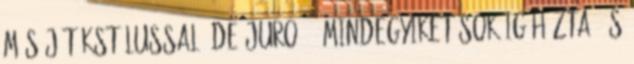
más játékstílussal. De Juro, ő mindegyiket sokáig húzta, és